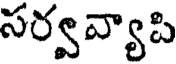
సర్వవ్యాపి